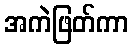
အကဲဖြတ်ကာ